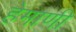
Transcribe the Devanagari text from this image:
हेमाणी